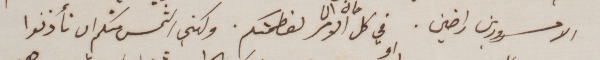
الا مسرورين راضين. في كل حال ان الامر لعظمتكم. ولكني التمس منكم ان تأذنوا